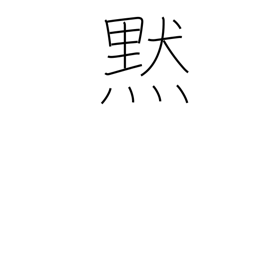
Meaning: silence